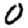
Digit: 0